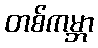
တစ်ကမ္ဘာ